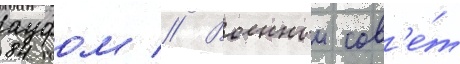
ауфом // Военныи сов'е́т